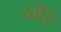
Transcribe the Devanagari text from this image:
खीर